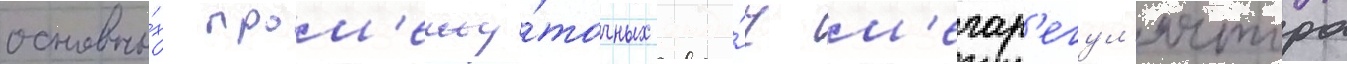
основны́х пром'ежу́точных зада́ч м'егар'егул'ятора